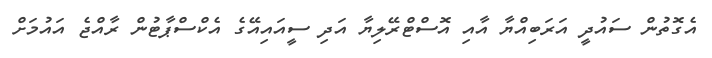
އެގޮތުން ސައުދީ އަރަބިއްޔާ އާއި އޮސްޓްރޭލިޔާ އަދި ސީއައިއޭގެ އެކްސްޕާޓުން ރާއްޖެ އައުމަށް